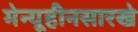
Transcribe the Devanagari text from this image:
मेन्यूहीनसारखे